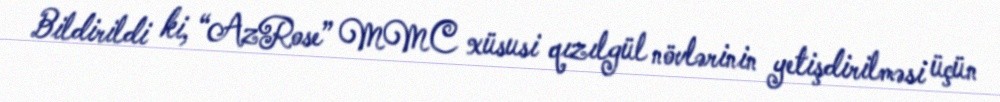
Bildirildi ki, “AzRose” MMC xüsusi qızılgül növlərinin yetişdirilməsi üçün